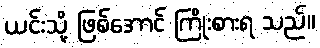
ယင်းသို့ ဖြစ်အောင် ကြိုးစားရ သည်။